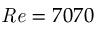
\mathit { R e } = 7 0 7 0